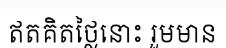
ឥតគិតថ្លៃនោះ រួមមាន